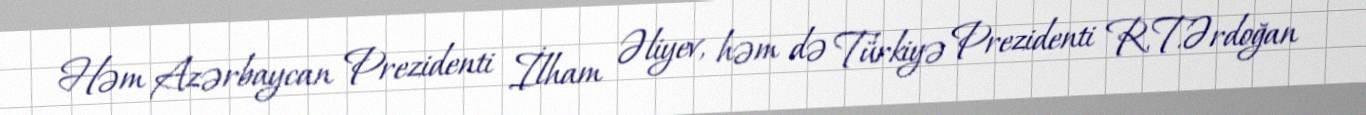
Həm Azərbaycan Prezidenti İlham Əliyev, həm də Türkiyə Prezidenti R.T.Ərdoğan